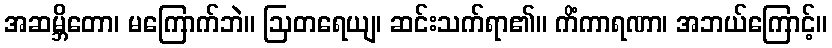
အဆမ္ဘိတော၊ မကြောက်ဘဲ။ ဩတရေယျ၊ ဆင်းသက်ရာ၏။ ကိံကာရဏာ၊ အဘယ်ကြောင့်။